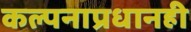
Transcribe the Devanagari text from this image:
कल्पनाप्रधानही